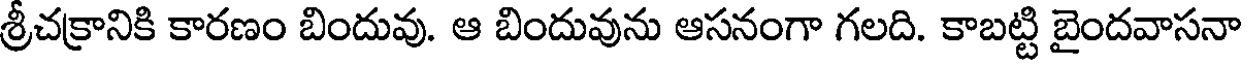
శ్రీచక్రానికి కారణం బిందువు. ఆ బిందువును ఆసనంగా గలది. కాబట్టి బైందవాసనా